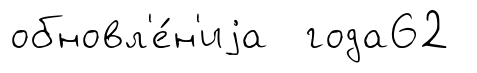
обновл'е́н'иjа года62